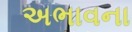
અભાવના